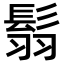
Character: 𩭅